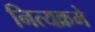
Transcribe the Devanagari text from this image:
नित्यक्रमे